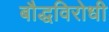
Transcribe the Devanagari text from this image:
बौद्धविरोधी